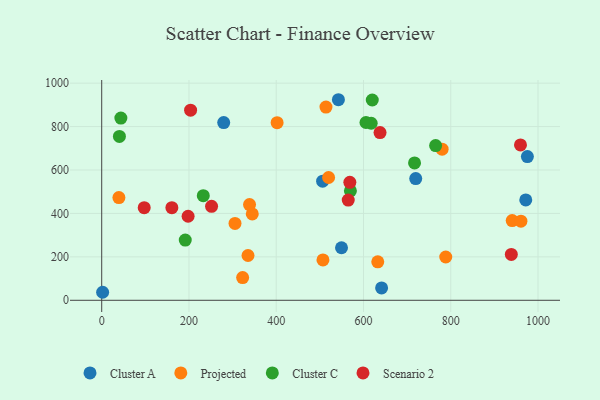
{"axis": {"x": "Ad Spend", "y": "Demand"}, "legend": ["Cluster A", "Cluster C", "Projected", "Scenario 2"], "data": [{"x": "641.5", "y": 56.9, "type": "Cluster A"}, {"x": "719.7", "y": 560.3, "type": "Cluster A"}, {"x": "975.6", "y": 661.6, "type": "Cluster A"}, {"x": "279.6", "y": 818.3, "type": "Cluster A"}, {"x": "2.1", "y": 36.9, "type": "Cluster A"}, {"x": "549.6", "y": 242.0, "type": "Cluster A"}, {"x": "971.9", "y": 462.1, "type": "Cluster A"}, {"x": "506.3", "y": 548.3, "type": "Cluster A"}, {"x": "542.5", "y": 923.6, "type": "Cluster A"}, {"x": "780.2", "y": 696.0, "type": "Projected"}, {"x": "632.7", "y": 177.2, "type": "Projected"}, {"x": "402.0", "y": 818.1, "type": "Projected"}, {"x": "514.0", "y": 889.6, "type": "Projected"}, {"x": "940.8", "y": 367.1, "type": "Projected"}, {"x": "960.8", "y": 364.1, "type": "Projected"}, {"x": "507.1", "y": 185.7, "type": "Projected"}, {"x": "345.1", "y": 397.5, "type": "Projected"}, {"x": "520.0", "y": 565.5, "type": "Projected"}, {"x": "335.3", "y": 206.2, "type": "Projected"}, {"x": "305.5", "y": 353.9, "type": "Projected"}, {"x": "338.8", "y": 440.8, "type": "Projected"}, {"x": "323.0", "y": 104.7, "type": "Projected"}, {"x": "39.4", "y": 472.8, "type": "Projected"}, {"x": "788.5", "y": 199.4, "type": "Projected"}, {"x": "617.6", "y": 815.3, "type": "Cluster C"}, {"x": "620.1", "y": 922.3, "type": "Cluster C"}, {"x": "191.5", "y": 277.1, "type": "Cluster C"}, {"x": "570.0", "y": 504.1, "type": "Cluster C"}, {"x": "605.7", "y": 818.7, "type": "Cluster C"}, {"x": "765.3", "y": 712.3, "type": "Cluster C"}, {"x": "232.8", "y": 481.7, "type": "Cluster C"}, {"x": "43.9", "y": 839.3, "type": "Cluster C"}, {"x": "40.6", "y": 754.4, "type": "Cluster C"}, {"x": "717.0", "y": 632.7, "type": "Cluster C"}, {"x": "203.7", "y": 875.5, "type": "Scenario 2"}, {"x": "637.9", "y": 772.3, "type": "Scenario 2"}, {"x": "938.8", "y": 211.0, "type": "Scenario 2"}, {"x": "959.8", "y": 715.6, "type": "Scenario 2"}, {"x": "198.0", "y": 387.0, "type": "Scenario 2"}, {"x": "568.7", "y": 543.0, "type": "Scenario 2"}, {"x": "97.4", "y": 426.4, "type": "Scenario 2"}, {"x": "251.8", "y": 432.6, "type": "Scenario 2"}, {"x": "565.0", "y": 461.3, "type": "Scenario 2"}, {"x": "160.8", "y": 426.6, "type": "Scenario 2"}]}